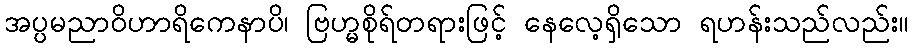
အပ္ပမညာဝိဟာရိကေနာပိ၊ ဗြဟ္မစိုရ်တရားဖြင့် နေလေ့ရှိသော ရဟန်းသည်လည်း။